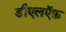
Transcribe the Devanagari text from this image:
डीएलऍफ़